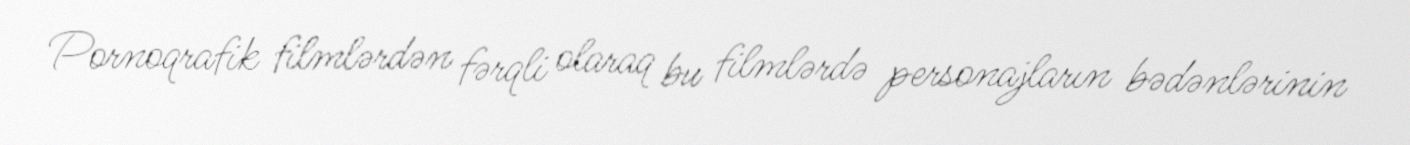
Pornoqrafik filmlərdən fərqli olaraq bu filmlərdə personajların bədənlərinin